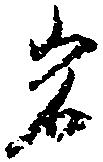
岩